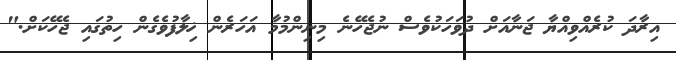
އިރާދަ ކުރެއްވިއްޔާ ޖަނާއަށް ދުވަހަކުވެސް ނުޖެހޭނެ މިނިންމުމާ އަހަރެން ޚިލާފުވެގެން ހިތުގައި ޖެހޭކަށް."